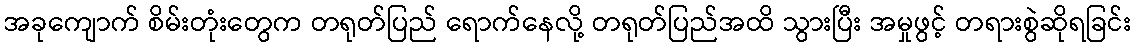
အခုကျောက် စိမ်းတုံးတွေက တရုတ်ပြည် ရောက်နေလို့ တရုတ်ပြည်အထိ သွားပြီး အမှုဖွင့် တရားစွဲဆိုရခြင်း